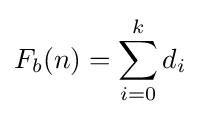
F_{b}(n)=\sum _{i=0}^{k}d_{i}